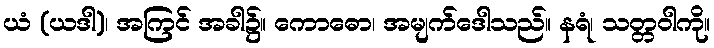
ယံ (ယဒါ)၊ အကြင် အခါ၌။ ကောဓော၊ အမျက်ဒေါသည်။ နရံ၊ သတ္တဝါကို။